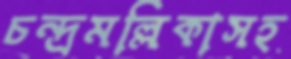
চন্দ্রমল্লিকাসহ